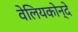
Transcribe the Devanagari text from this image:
वेलियकोन्दे